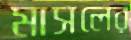
মাসলের